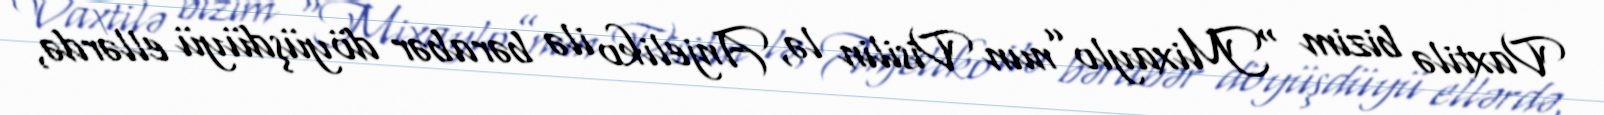
Vaxtilə bizim “Mixaylo”nun Visilin lə, Anjeliko ilə bərabər döyüşdüyü ellərdə,